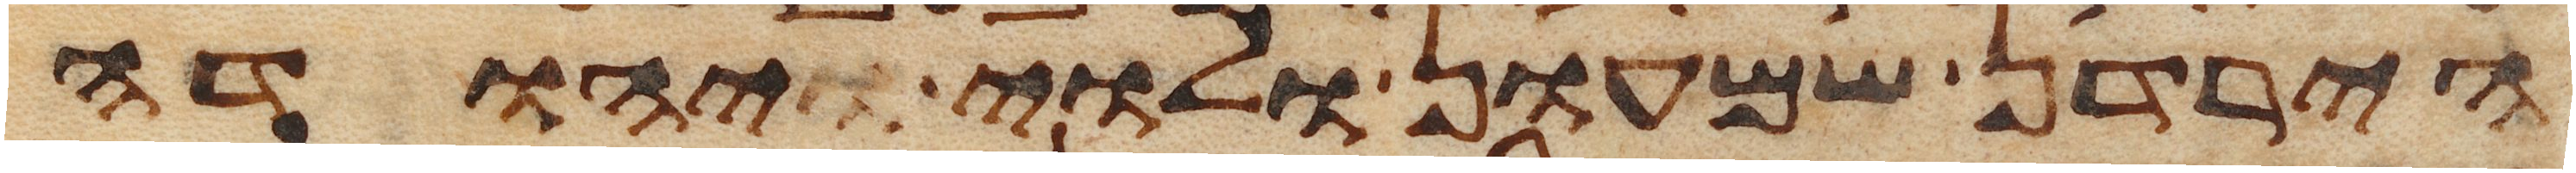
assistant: הירדן שמעון ולוי יהודה